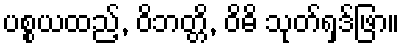
ပစ္စယထည့်, ဝိဘတ္တိ, ဝိဓိ သုတ်ရှဒ်ဖြာ။